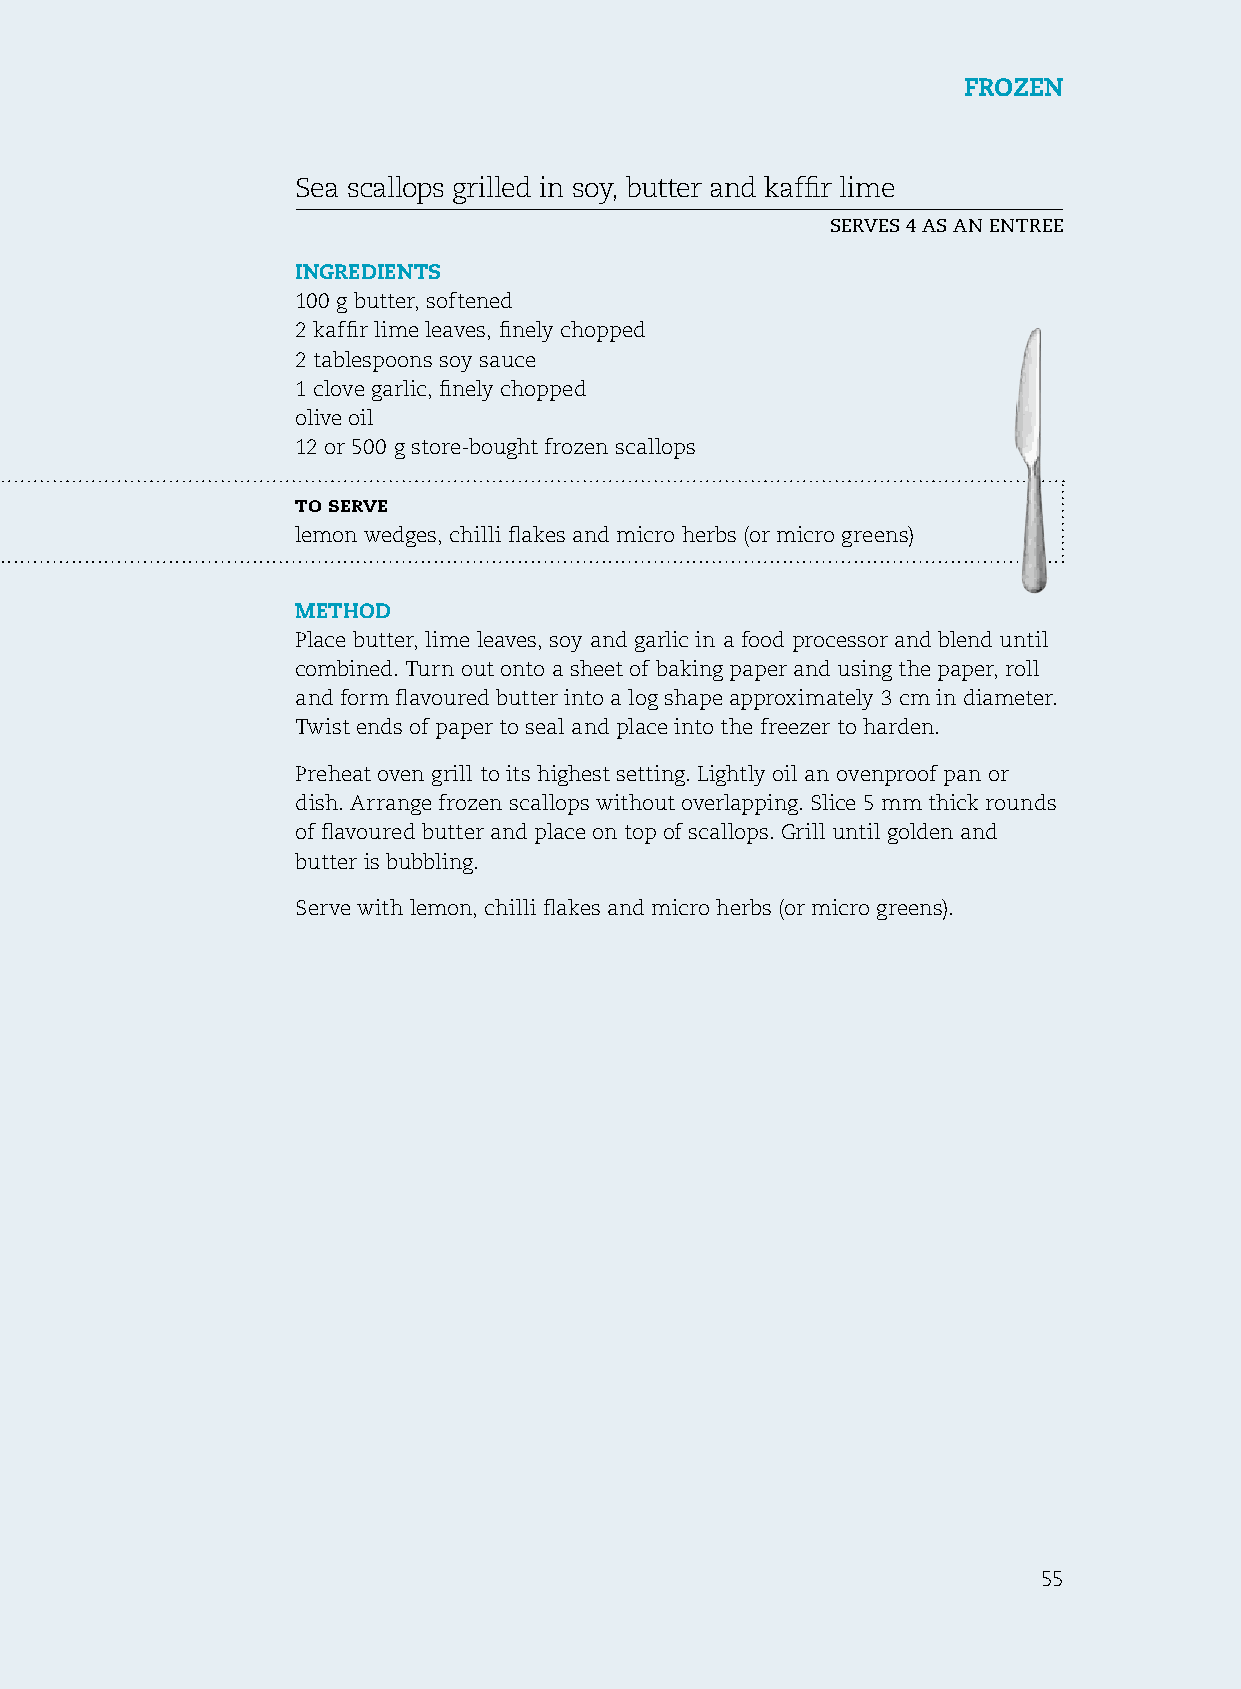
Frozen
 sea scallops grilled in soy, butter and kaffir lime
 serves 4 as an enTree
 ingredients
 100 g butter, softened
 2 kaffir lime leaves, finely chopped
 2 tablespoons soy sauce
 1 clove garlic, finely chopped
 olive oil
 12 or 500 g store-bought frozen scallops
 to serve
 lemon wedges, chilli flakes and micro herbs (or micro greens)
 method
 Place butter, lime leaves, soy and garlic in a food processor and blend until
 combined. Turn out onto a sheet of baking paper and using the paper, roll
 and form flavoured butter into a log shape approximately 3 cm in diameter.
 Twist ends of paper to seal and place into the freezer to harden.
 Preheat oven grill to its highest setting. Lightly oil an ovenproof pan or
 dish. Arrange frozen scallops without overlapping. slice 5 mm thick rounds
 of flavoured butter and place on top of scallops. Grill until golden and
 butter is bubbling.
 serve with lemon, chilli flakes and micro herbs (or micro greens).
 55